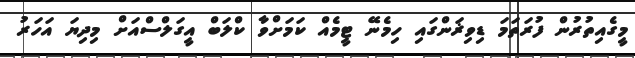
މީގެއިތުރުން ފުރަތަމަ ޑިވިޜަންގައި ހިމެނޭ ޓީމެއް ކަމަށްވާ ކްލަބް އީގަލްސްއަށް މިދިޔަ އަހަރު